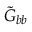
\tilde { G } _ { b b }